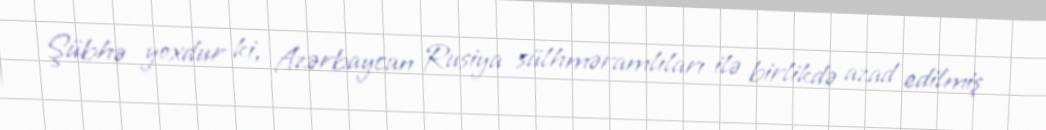
Şübhə yoxdur ki, Azərbaycan Rusiya sülhməramlıları ilə birlikdə azad edilmiş